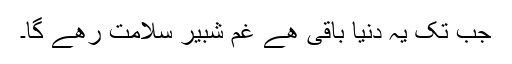
جب تک یہ دنیا باقی ھے غم شبیر سلامت رھے گا۔